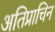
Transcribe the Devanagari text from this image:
अतिप्राचिन